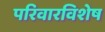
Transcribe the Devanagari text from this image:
परिवारविशेष